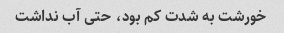
خورشت به شدت کم بود، حتی آب نداشت